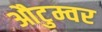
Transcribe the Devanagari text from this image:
औटुम्वर